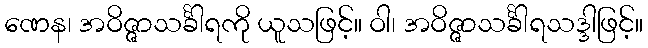
ဏေန၊ အဝိဇ္ဇာသင်္ခါရကို ယူသဖြင့်။ ဝါ၊ အဝိဇ္ဇာသင်္ခါရသဒ္ဒါဖြင့်။